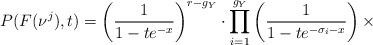
LaTeX: \begin{align*}P(F(\nu^{j}),t)=\left(\frac{1}{1-te^{-x}}\right)^{r-g_{Y}}\cdot\prod_{i=1}^{g_{Y}}\left(\frac{1}{1-te^{-\sigma_{i}-x}}\right)\times\end{align*}